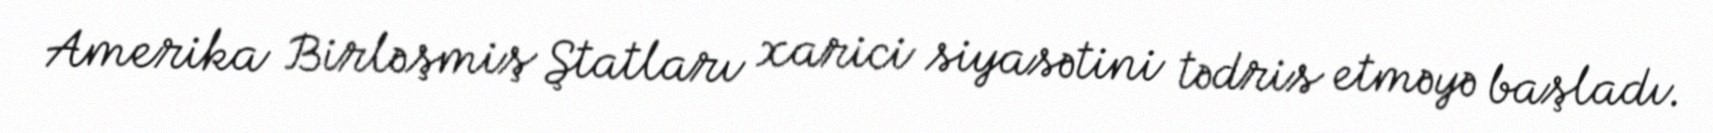
Amerika Birləşmiş Ştatları xarici siyasətini tədris etməyə başladı.